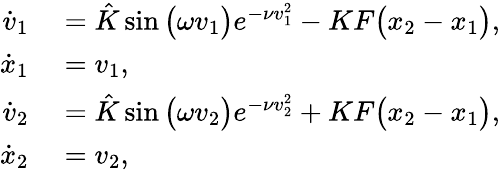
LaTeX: \begin{array}{rl}{\dot{v}_{1}}&{{}=\hat{K}\sin\big(\omega{v}_{1}\big)e^{-\nu{v}_{1}^{2}}-KF\big({x}_{2}-{x}_{1}\big),}\\ {\dot{x}_{1}}&{{}=v_{1},}\\ {\dot{v}_{2}}&{{}=\hat{K}\sin\big(\omega{v}_{2}\big)e^{-\nu{v}_{2}^{2}}+KF\big({x}_{2}-{x}_{1}\big),}\\ {\dot{x}_{2}}&{{}=v_{2},}\end{array}